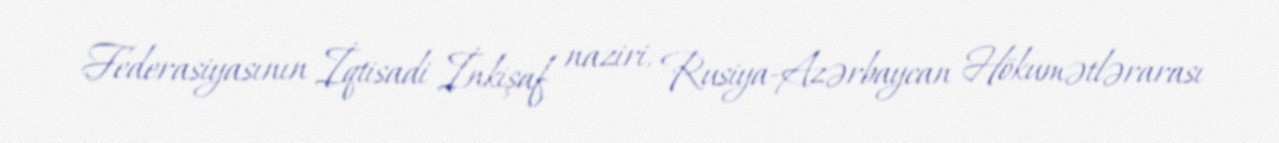
Federasiyasının İqtisadi İnkişaf naziri, Rusiya-Azərbaycan Hökumətlərarası